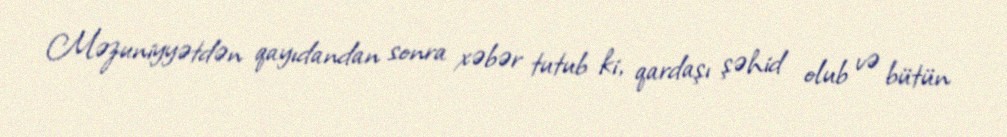
Məzuniyyətdən qayıdandan sonra xəbər tutub ki, qardaşı şəhid olub və bütün